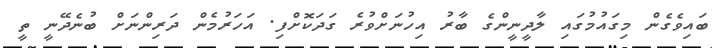
ބައިވެގެން މިގައުމުގައި ލާދީނީންގެ ބާރު އިހުނަށްވުރެ ގަދަކޮށްފި. އަހަރުމެން ދަރިންނަށް ބުނެދޭނީ ތީ